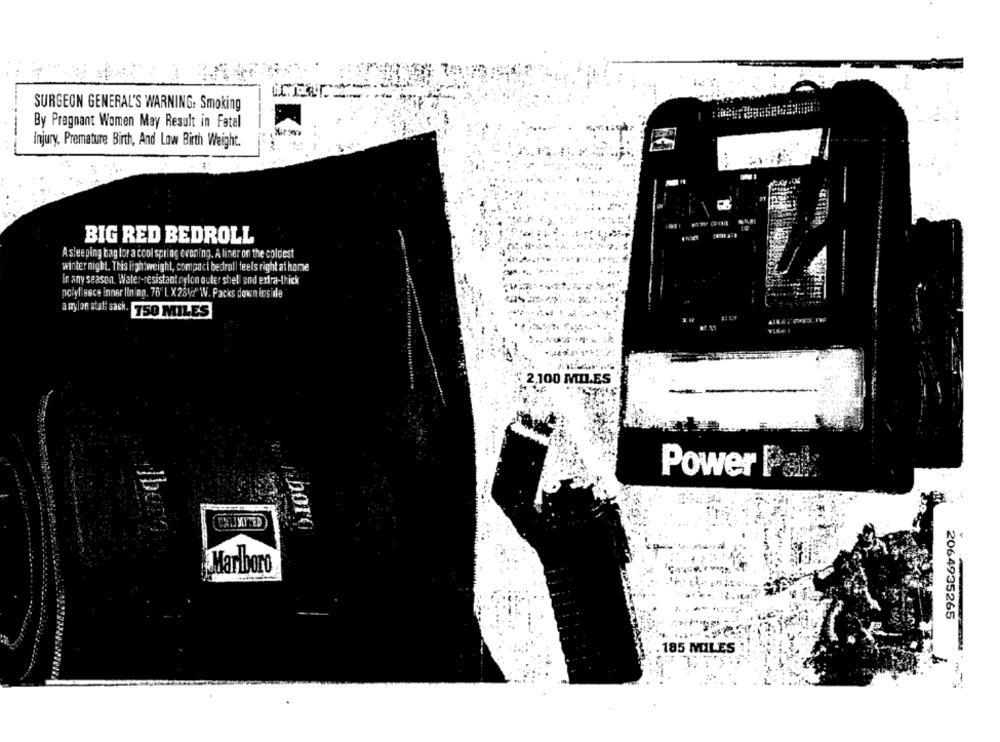
SURGEON GENERAL'S WARNING: Smoking
By Pregnant Women May Result in Fatal
Injury, Premature Birth, And Low Birth Weight.
BIG RED BEDROLL
A sleeping bag for a cool spring evening. A liner on the coldest
winter night. This lightweight, compact bedroll feels right at home
in any season. Water-resistant nylon outer shell and extra-trick
polyl Bsce inner lin no. 76" L X 284?"W. Packs down inside
a mylon stati sack.
750 MILES
2,100 MILES
Power Ps !:
XYTED
Doro
Marlboro
2064935265
185 MILES